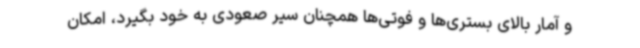
و آمار بالای بستری‌ها و فوتی‌ها همچنان سیر صعودی به خود بگیرد، امکان